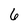
Character: 6